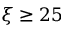
\xi \ge 2 5